Code of medical and sanitary regulations for the guidance of medical officers serving in the Madras Presidency - Volume I
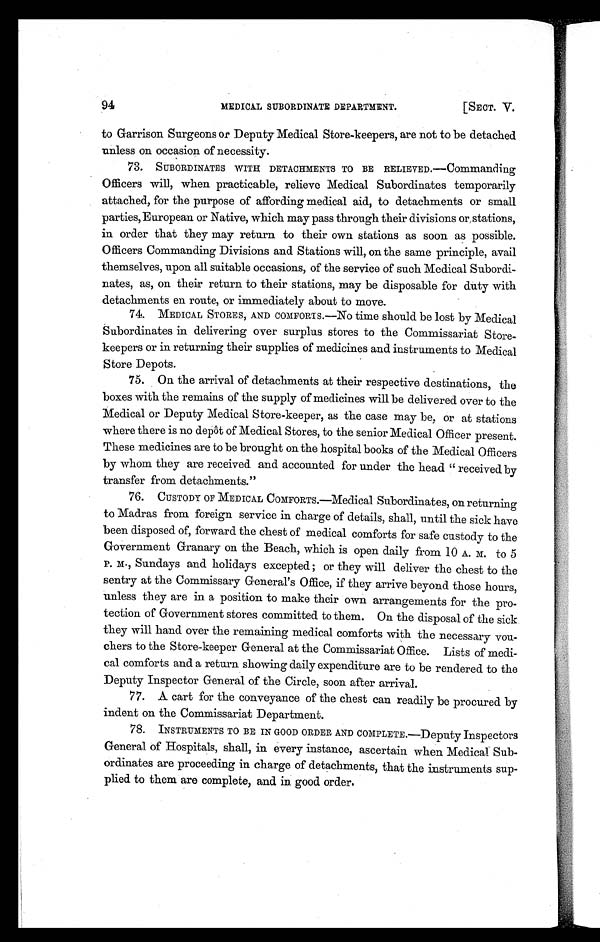
MEDICAL SUBORDINATE DEPARTMENT.
[SECT. V.
94
to Garrison Surgeons or Deputy Medical Store-keepers, are not to be detached
unless on occasion of necessity.
73. SUBORDINATES WITH DETACHMENTS TO BE RELIEVED.—Commanding
Officers will, when practicable, relieve Medical Subordinates temporarily
attached, for the purpose of affording medical aid, to detachments or small
parties, European or Native, which may pass through their divisions or, stations,
in order that they may return to their own stations as soon as possible.
Officers Commanding Divisions and Stations will, on the same principle, avail
themselves, upon all suitable occasions, of the service of such Medical Subordi-
nates, as, on their return to their stations, may be disposable for duty with
detachments en route, or immediately about to move.
74.
MEDICAL STORES, AND COMFORTS.—No time should be lost by Medical
Subordinates in delivering over surplus stores to the Commissariat Store-
keepers or in returning their supplies of medicines and instruments to Medical
Store Depots.
75. On the arrival of detachments at their respective destinations, the
boxes with the remains of the supply of medicines will be delivered over to the
Medical or Deputy Medical Store-keeper, as the case may be, or at stations
where there is no depôt of Medical Stores, to the senior Medical Officer present.
These medicines are to be brought on the hospital books of the Medical Officers
by whom they are received and accounted for under the head " received by
transfer from detachments."
76.
CUSTODY OF MEDICAL COMFORTS.—Medical Subordinates, on returning
to Madras from foreign service in charge of details, shall, until the sick have
been disposed of, forward the chest of medical comforts for safe custody to the
Government Granary on the Beach, which is open daily from 10 A. M. to 5
P. M., Sundays and holidays excepted ; or they will deliver the chest to the
sentry at the Commissary General's Office, if they arrive beyond those hours,
unless they are in a position to make their own arrangements for the pro-
tection of Government stores committed to them. On the disposal of the sick
they will hand over the remaining medical comforts with the necessary vou-
chers to the Store-keeper General at the Commissariat Office. Lists of medi-
cal comforts and a return showing daily expenditure are to be rendered to the
Deputy Inspector General of the Circle, soon after arrival.
77. A cart for the conveyance of the chest can readily be procured by
indent on the Commissariat Department.
78.
INSTRUMENTS TO BE IN GOOD ORDER AND COMPLETE.—Deputy Inspectors
General of Hospitals, shall, in every instance, ascertain when Medical Sub-
ordinates are proceeding in charge of detachments, that the instruments sup-
plied to them are complete, and in good order.